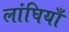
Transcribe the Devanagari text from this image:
लांघियाँ